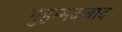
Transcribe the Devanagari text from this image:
मुहम्‍मदाबाद